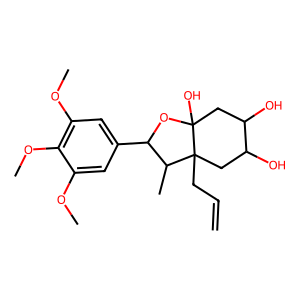
SMILES: C=CCC12CC(O)C(O)CC1(O)OC(c1cc(OC)c(OC)c(OC)c1)C2C
Inhibits HIV replication: No